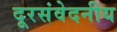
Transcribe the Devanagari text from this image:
दूरसंवेदनीय